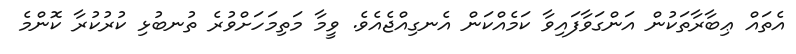
އެތައް ޢިބާރާތަކުން އަންގަވާފައިވާ ކަމެއްކަން އެނގިއްޖެއެވެ. ވީމާ މަތިމަހަށްވުރެ ތުނބުޅި ކުރުކުރާ ކޮންމެ